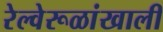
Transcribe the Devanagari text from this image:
रेल्वेरूळांखाली